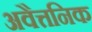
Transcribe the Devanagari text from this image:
अवैत्तनिक